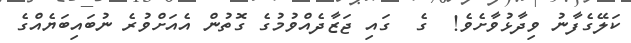
ކަލޭގެފާނު ވިދާޅުވާށެވެ!  ގެ  ގައި ޖަޒާދެއްވުމުގެ ގޮތުން އެއަށްވުރެ ނުބައިބަޔެއްގެ